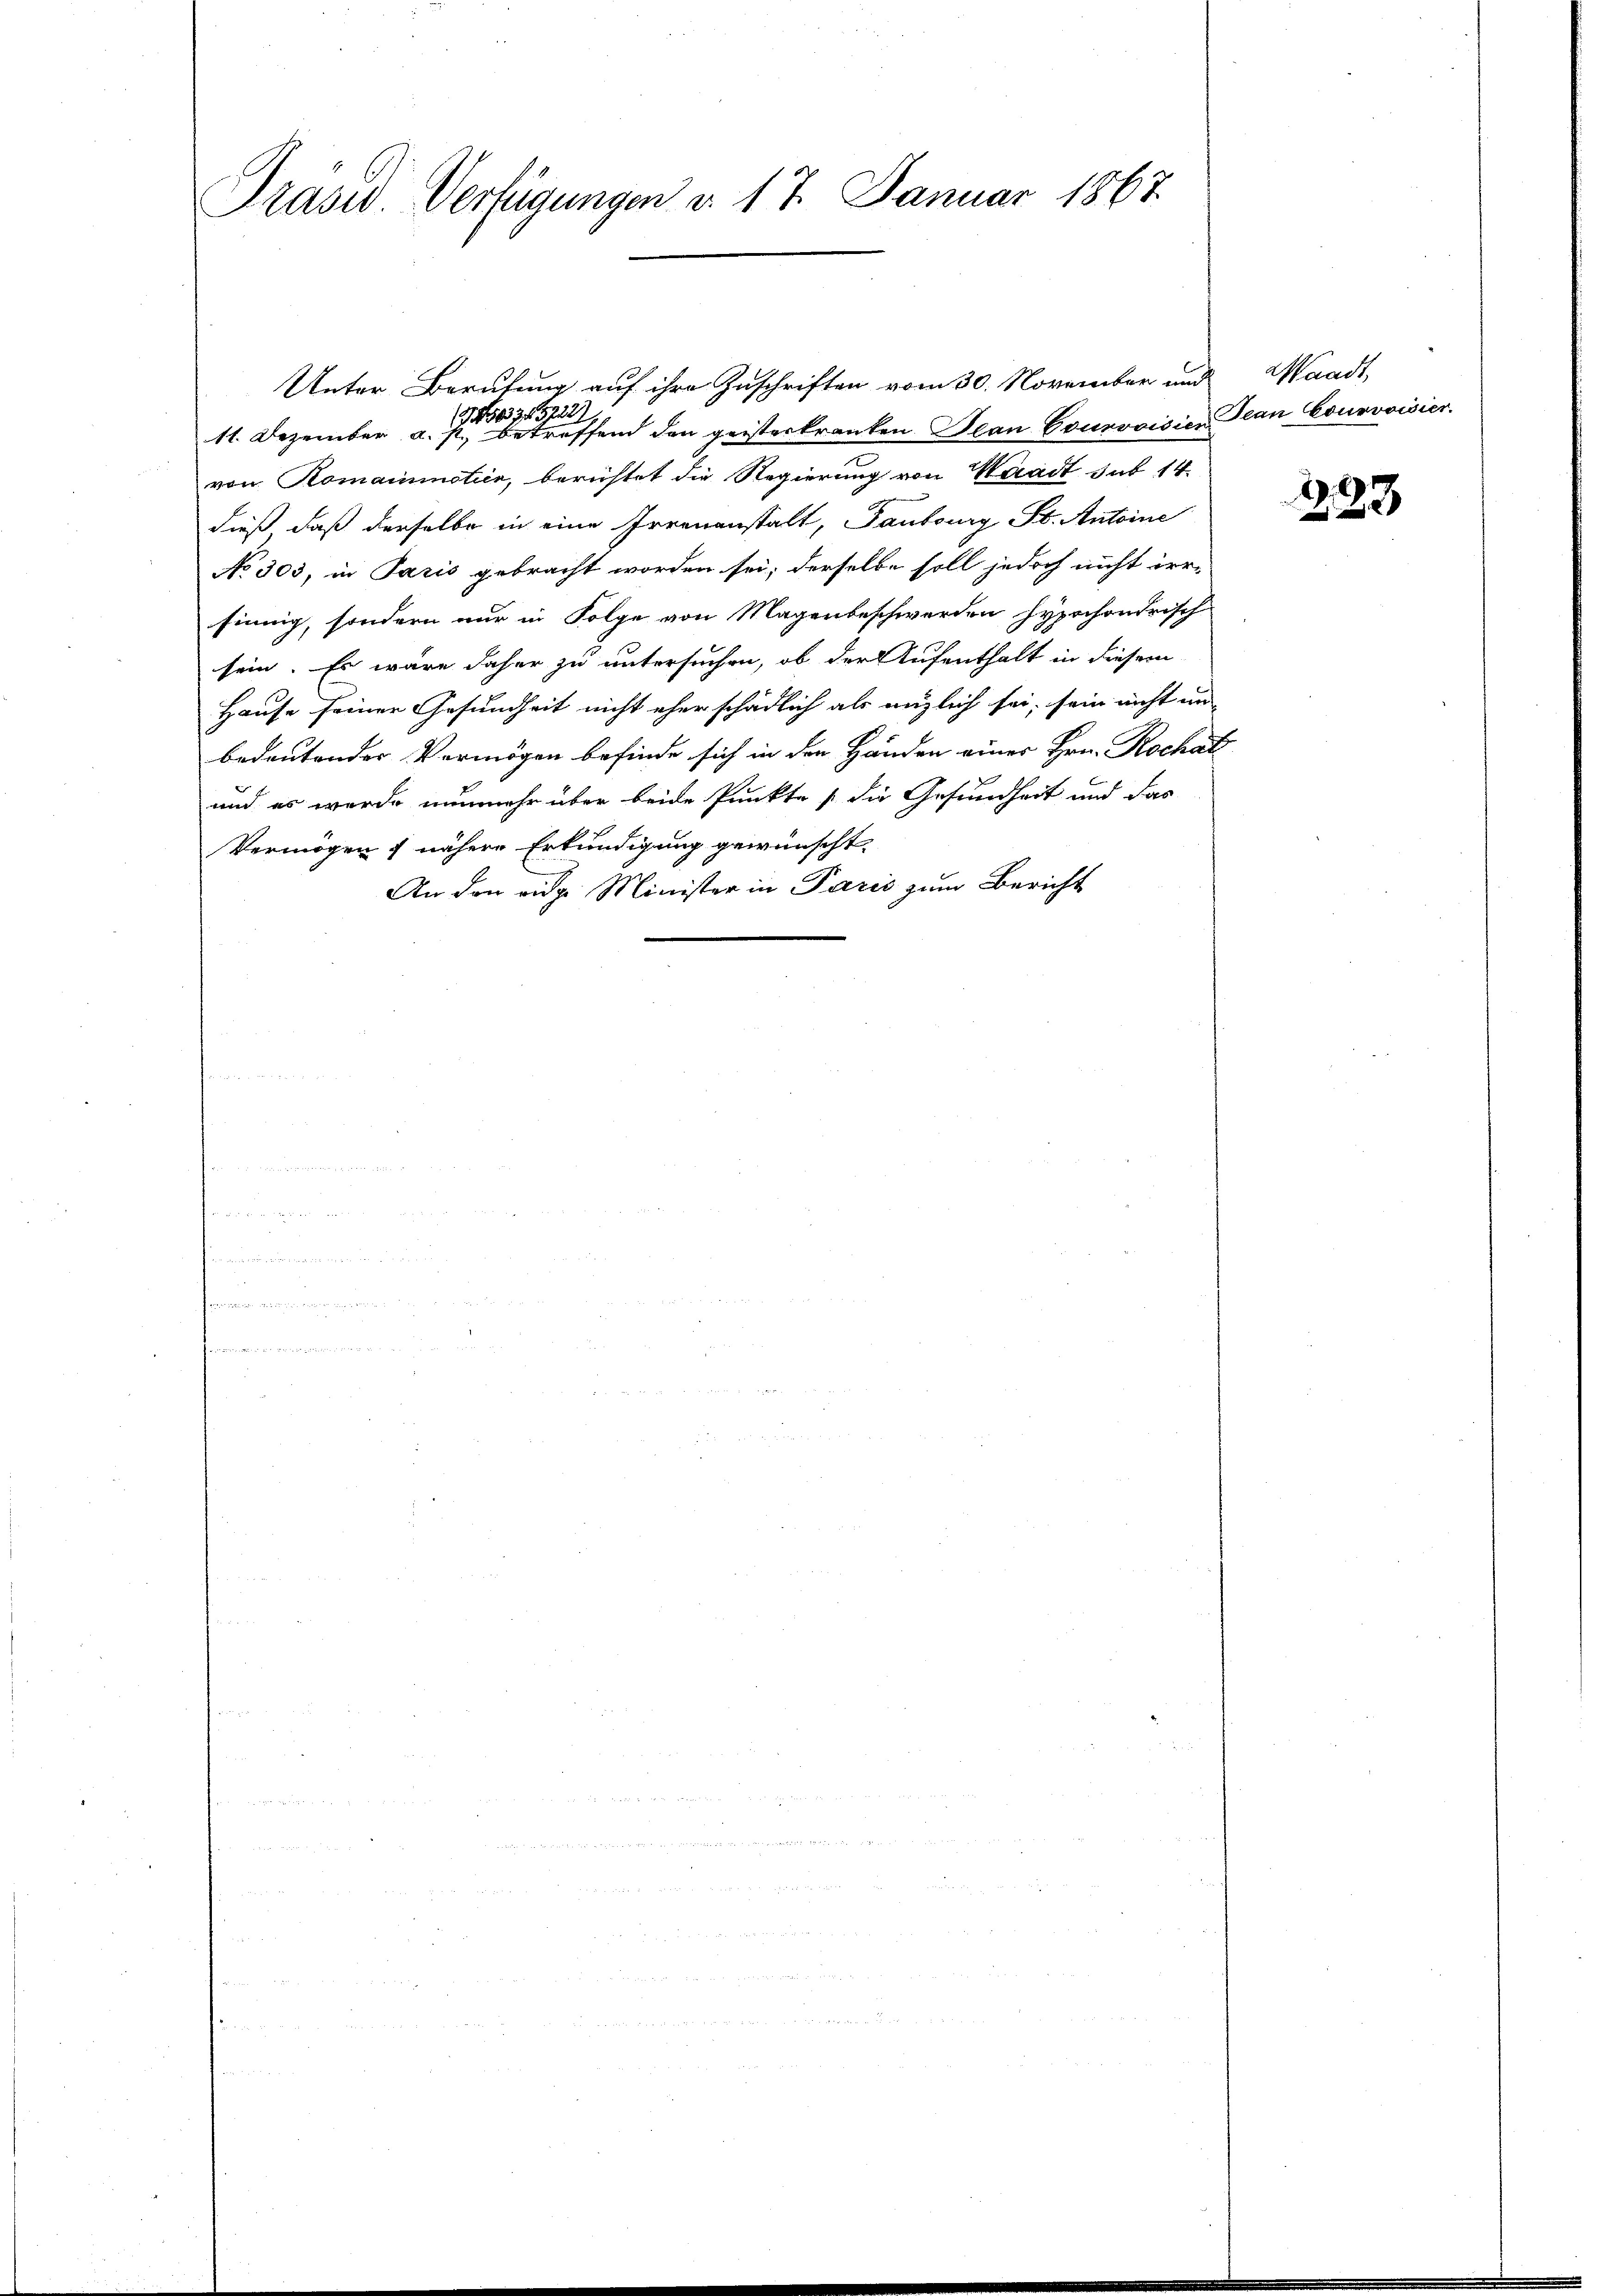
Präsid. Verfügungen d. 17. Januar 1867.

von Romainmotier, berichtet die Regierung von Waadt sub 14.
dieß daß derselbe in eine Irrenanstalt, Taubourg St. Antoine
No 303, in Paris gebracht worden sei; derselbe soll jedoch nicht irr-
sinnig, sondern nur in Folge von Magenbeschwerden hypochondrisch
sein. Es wäre daher zu untersuchen, ob der Aufenthalt in diesem
Hause seiner Gesundheit nicht eher schädlich als anzlich sei, sein nicht im
bedeutender Vermögen befinde sich in den Händen einer Hrn. Rochats
und es wurde nunmehr über beide Punkte die Gesundheit und das
Vermögen, nähere Erkundigung gewünscht.
An den eidge Minister in Paris zum Bericht

t
f

Unter Berufung auf ihre Zuschriften vom 30. November und Waadt,
345722
11. Dezember a. p. betreffend den geisterkranken Jean Courvoisier

Jean Courvoisier.

2237